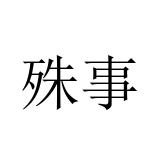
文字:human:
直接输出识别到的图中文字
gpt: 殊事